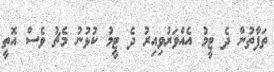
ތަފާތުން ދެ ޓީމު އެއްވަރުވިއިރު ދެ ޓީމު ކުޅުނު މެޗު ވެސް އޮތީ